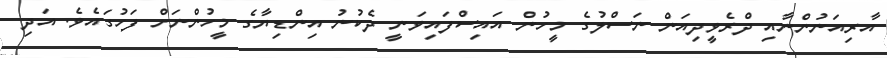
އާރިއަނުންނާއި ދްރެވީދިއަން ނަސްލުގެ މީހުން އައިސްފައިވަނީ ދެކުނު އިންޑިޔާގެ މީހުންނަށް ފަހުގައެވެ. އަދި